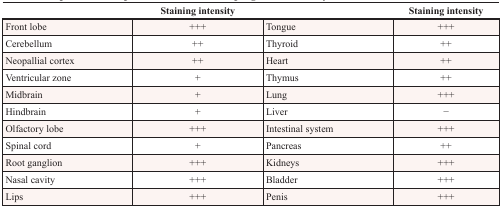
<table><thead><tr><td></td><td><b>Staining intensity</b></td><td></td><td><b>Staining intensity</b></td></tr></thead><tbody><tr><td>Front lobe</td><td>+++</td><td>Tongue</td><td>+++</td></tr><tr><td>Cerebellum</td><td>++</td><td>Thyroid</td><td>++</td></tr><tr><td>Neopallial cortex</td><td>++</td><td>Heart</td><td>++</td></tr><tr><td>Ventricular zone</td><td>+</td><td>Thymus</td><td>++</td></tr><tr><td>Midbrain</td><td>+</td><td>Lung</td><td>+++</td></tr><tr><td>Hindbrain</td><td>+</td><td>Liver</td><td>−</td></tr><tr><td>Olfactory lobe</td><td>+++</td><td>Intestinal system</td><td>+++</td></tr><tr><td>Spinal cord</td><td>+</td><td>Pancreas</td><td>++</td></tr><tr><td>Root ganglion</td><td>+++</td><td>Kidneys</td><td>+++</td></tr><tr><td>Nasal cavity</td><td>+++</td><td>Bladder</td><td>+++</td></tr><tr><td>Lips</td><td>+++</td><td>Penis</td><td>+++</td></tr></tbody></table>